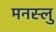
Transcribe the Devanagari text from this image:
मनस्लु